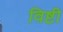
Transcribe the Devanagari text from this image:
विष्टी